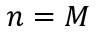
n = M